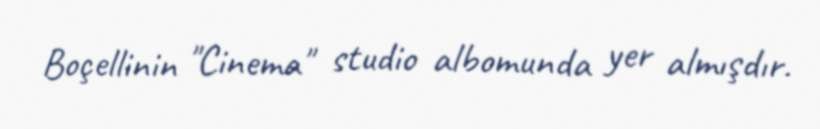
Boçellinin "Cinema" studio albomunda yer almışdır.